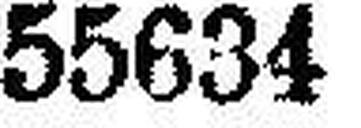
55634